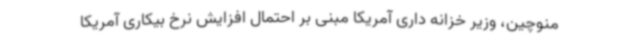
منوچین، وزیر خزانه داری آمریکا مبنی بر احتمال افزایش نرخ بیکاری آمریکا